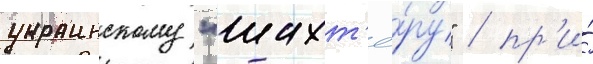
украинскому "шахт'ё́ру" / пр'и́